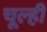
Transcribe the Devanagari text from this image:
चूल्ही